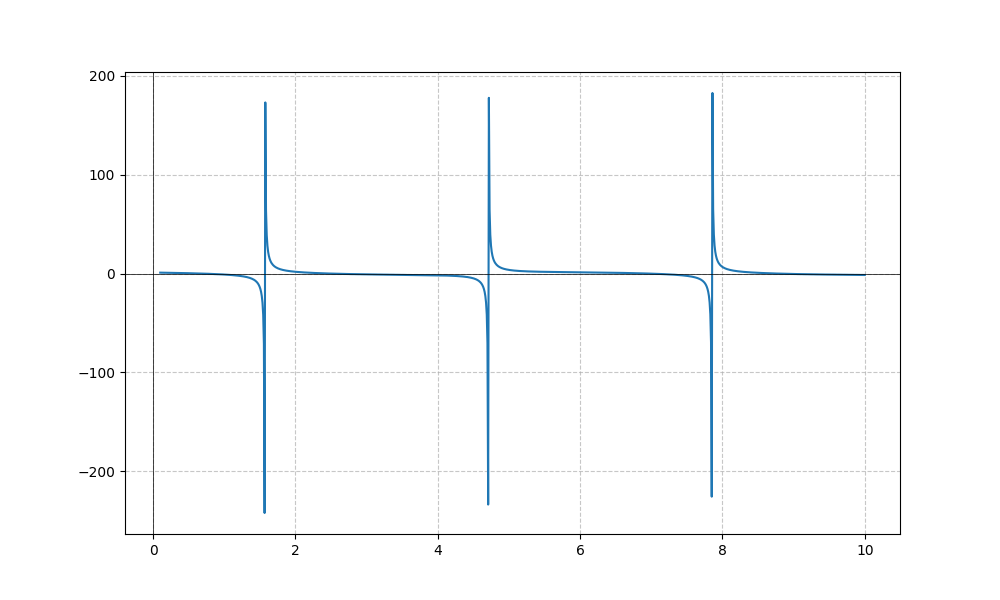
LaTeX formula: \cos{\left(x \right)} - \tan{\left(x \right)}